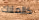
كالملاك